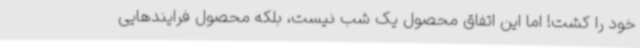
خود را کشت! اما این اتفاق محصول یک شب نیست، بلکه محصول فرایندهایی